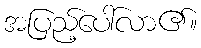
အပြည့်ပေါ်လာ၏။